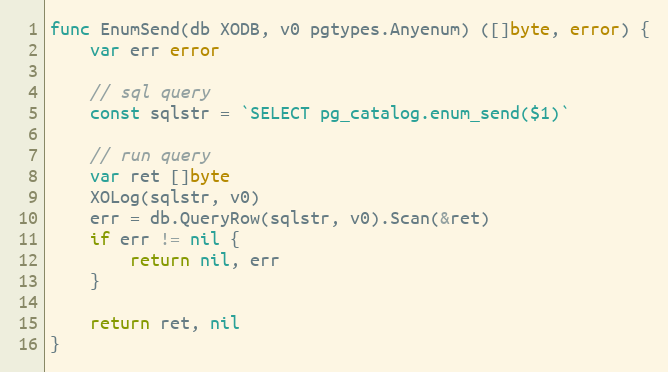
Language: Go
func EnumSend(db XODB, v0 pgtypes.Anyenum) ([]byte, error) {
	var err error

	// sql query
	const sqlstr = `SELECT pg_catalog.enum_send($1)`

	// run query
	var ret []byte
	XOLog(sqlstr, v0)
	err = db.QueryRow(sqlstr, v0).Scan(&ret)
	if err != nil {
		return nil, err
	}

	return ret, nil
}